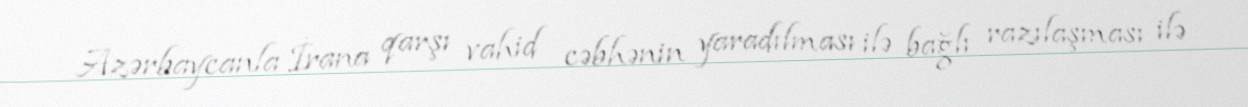
Azərbaycanla İrana qarşı vahid cəbhənin yaradılması ilə bağlı razılaşması ilə